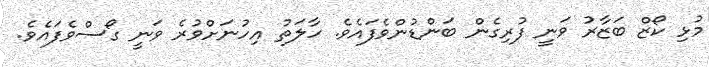
މުޅި ކޯޒް ބަޒާރު ވަނީ ފުރިގެން ބަންޑުންވެފައެވެ. ހާލަތު އިހުނަށްވުރެ ވަނީ ގޯސްވެފައެވެ.